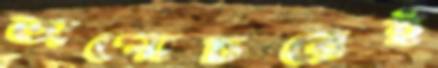
অগোচরেই